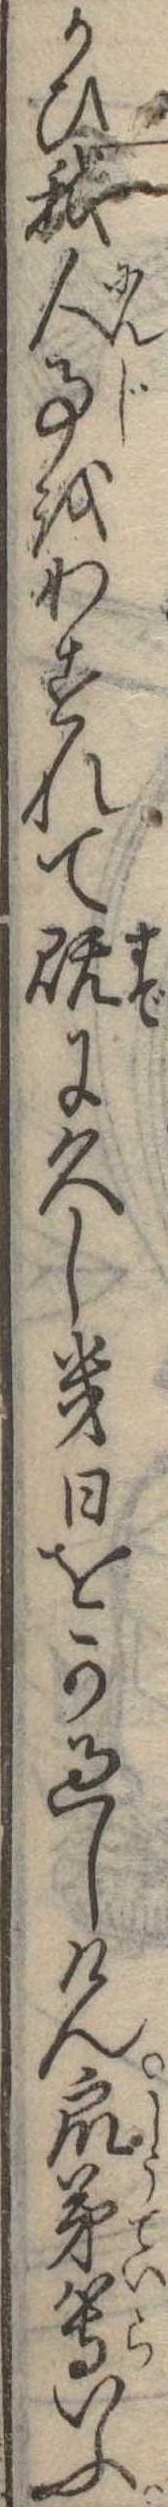
かひ我人事をわすれて既に久し幾日をか過しけん衆弟等いふ